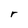
Character: r